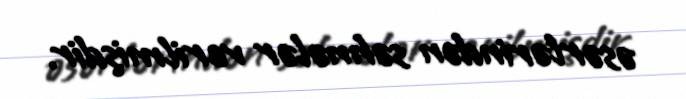
əsərlərindən səhnələr verilmişdir.